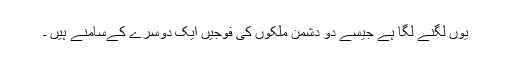
یوں لگنے لگا ہے جیسے دو دشمن ملکوں کی فوجیں ایک دوسرے کےسامنے ہیں ۔